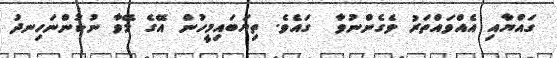
ގައްޔާއި އެއްވައްތަރު ވެގެންނުވާ  ގައެވެ. ތިޔަބައިމީހުން އޭގެ މޭވާ ނުކުންނަހިނދު